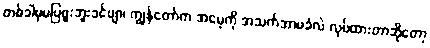
တစ်ခါမှမပြဖူးဘူးခင်ဗျာ၊ ကျွန်တော်က အမေ့ကို အသက်အာမခံလဲ လုပ်ထားတာဆိုတော့